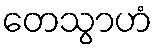
တေသွာဟံ